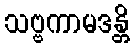
သဗ္ဗကာမဒန္တိ